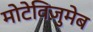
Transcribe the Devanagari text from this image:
मोटेविज़ुमेब